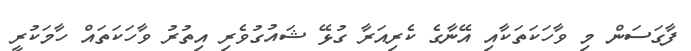
ފާގަސަން މި ވާހަކަތަކާއި އޭނާގެ ކެރިއަރާ ގުޅޭ ޝައުގުވެރި އިތުރު ވާހަކަތައް ހާމަކުރީ